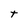
Character: t